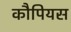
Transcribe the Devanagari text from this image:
कौपियस